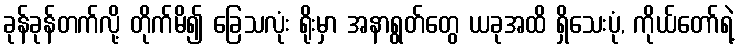
ခုန်ခုန်တက်လို့ တိုက်မိ၍ ခြေသလုံး ရိုးမှာ အနာရွတ်တွေ ယခုအထိ ရှိသေးပုံ, ကိုယ်တော်ရဲ့